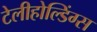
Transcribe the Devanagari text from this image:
टेलीहोल्डिंग्स